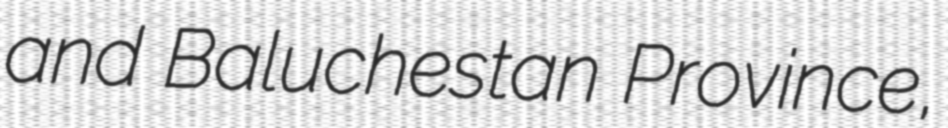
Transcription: and Baluchestan Province,